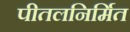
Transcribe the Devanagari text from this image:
पीतलनिर्मित